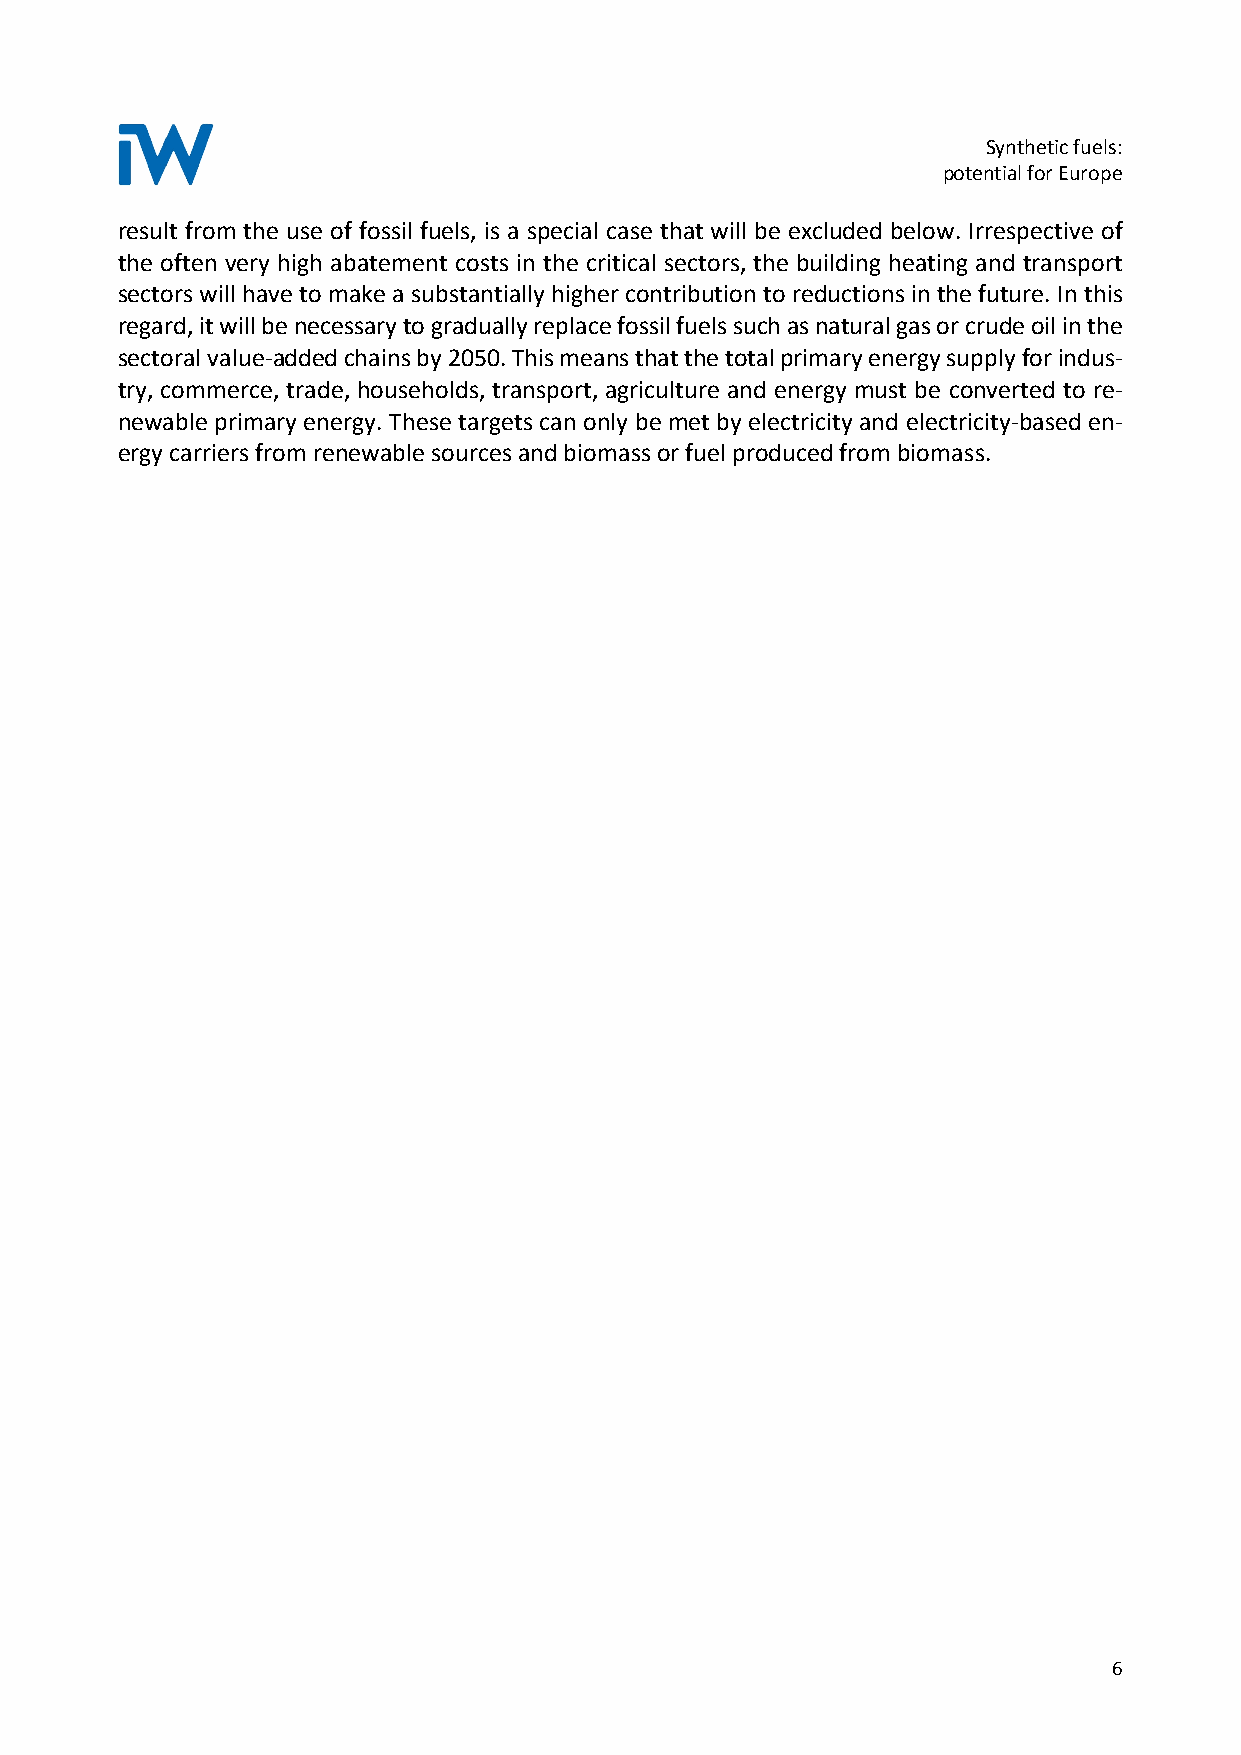
Synthetic fuels:
 potential for Europe
 result from the use of fossil fuels, is a special case that will be excluded below. Irrespective of
 the often very high abatement costs in the critical sectors, the building heating and transport
 sectors will have to make a substantially higher contribution to reductions in the future. In this
 regard, it will be necessary to gradually replace fossil fuels such as natural gas or crude oil in the
 sectoral value-added chains by 2050. This means that the total primary energy supply for indus-
 try, commerce, trade, households, transport, agriculture and energy must be converted to re-
 newable primary energy. These targets can only be met by electricity and electricity-based en-
 ergy carriers from renewable sources and biomass or fuel produced from biomass.
 6